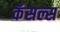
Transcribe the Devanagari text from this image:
कॅसल्स